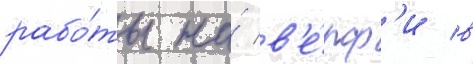
рабо́ты на́ в'е́рф'и в